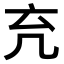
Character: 𠘺